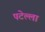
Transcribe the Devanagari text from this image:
पटेल्ला